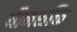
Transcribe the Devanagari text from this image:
यौनशक्ति